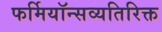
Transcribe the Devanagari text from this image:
फर्मियॉन्सव्यतिरिक्त